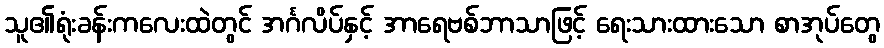
သူ၏ရုံးခန်းကလေးထဲတွင် အင်္ဂလိပ်နှင့် အာရေဗစ်ဘာသာဖြင့် ရေးသားထားသော စာအုပ်တွေ